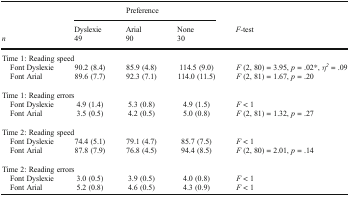
<table><thead><tr><td></td><td colspan="3"><b>Preference</b></td><td></td></tr><tr><td></td><td><b>Dyslexie</b></td><td><b>Arial</b></td><td><b>None</b></td><td><b><i>F</i>-test</b></td></tr><tr><td><b><i>n</i></b></td><td><b>49</b></td><td><b>90</b></td><td><b>30</b></td><td></td></tr></thead><tbody><tr><td colspan="5">Time 1: Reading speed</td></tr><tr><td> Font Dyslexie</td><td>90.2 (8.4)</td><td>85.9 (4.8)</td><td>114.5 (9.0)</td><td><i>F</i> (2, 80) = 3.95, <i>p</i> = .02*, <i>η</i><sup><i>2</i></sup> = .09</td></tr><tr><td> Font Arial</td><td>89.6 (7.7)</td><td>92.3 (7.1)</td><td>114.0 (11.5)</td><td><i>F</i> (2, 81) = 1.67, <i>p</i> = .20</td></tr><tr><td colspan="5">Time 1: Reading errors</td></tr><tr><td> Font Dyslexie</td><td>4.9 (1.4)</td><td>5.3 (0.8)</td><td>4.9 (1.5)</td><td><i>F</i> &lt; 1</td></tr><tr><td> Font Arial</td><td>3.5 (0.5)</td><td>4.2 (0.5)</td><td>5.0 (0.8)</td><td><i>F</i> (2, 81) = 1.32, <i>p</i> = .27</td></tr><tr><td colspan="5">Time 2: Reading speed</td></tr><tr><td> Font Dyslexie</td><td>74.4 (5.1)</td><td>79.1 (4.7)</td><td>85.7 (7.5)</td><td><i>F</i> &lt; 1</td></tr><tr><td> Font Arial</td><td>87.8 (7.9)</td><td>76.8 (4.5)</td><td>94.4 (8.5)</td><td><i>F</i> (2, 80) = 2.01, <i>p</i> = .14</td></tr><tr><td colspan="5">Time 2: Reading errors</td></tr><tr><td> Font Dyslexie</td><td>3.0 (0.5)</td><td>3.9 (0.5)</td><td>4.0 (0.8)</td><td><i>F</i> &lt; 1</td></tr><tr><td> Font Arial</td><td>5.2 (0.8)</td><td>4.6 (0.5)</td><td>4.3 (0.9)</td><td><i>F</i> &lt; 1</td></tr></tbody></table>